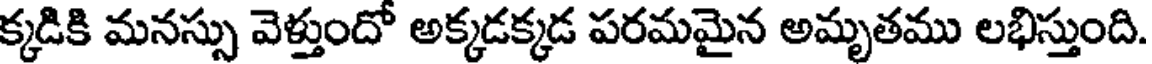
క్కడికి మనస్సు వెళ్తుందో అక్కడక్కడ పరమమైన అమృతము లభిస్తుంది